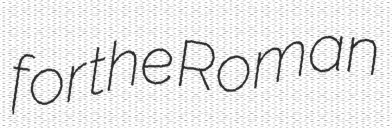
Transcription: for the Roman